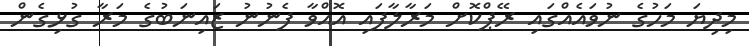
މިދިޔަ މަހުގެ ނުވައެއްގައި ރޭޕްކޮށް މަރާލާފައި އޮއްވާ ފެނުނު ޒައިނަބުގެ މަރާ ގުޅިގެން